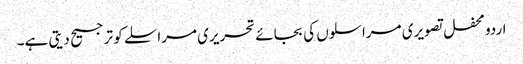
اردو محفل تصویری مراسلوں کی بجائے تحریری مراسلے کو ترجیح دیتی ہے۔